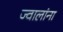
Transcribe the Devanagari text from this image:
ज्वालांना